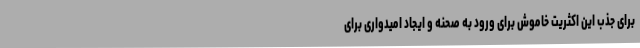
برای جذب این اکثریت خاموش برای ورود به صحنه و ایجاد امیدواری برای